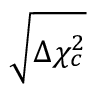
\sqrt { \Delta \chi _ { c } ^ { 2 } }